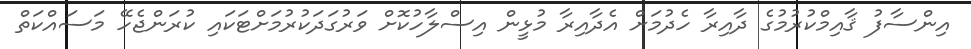
އިންސާފު ޤާއިމްކުރުމުގެ ދާއިރާ ހެދުމަށް އެދާއިރާ މުޅީން އިސްލާހުކޮށް ވަރުގަދަކުރުމަށްޓަކައި ކުރަންޖެހޭ މަސައްކަތް